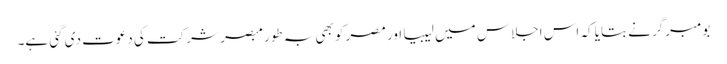
بومبرگر نے بتایا کہ اس اجلاس میں لیبیا اور مصر کو بھی بہ طور مبصر شرکت کی دعوت دی گئی ہے۔